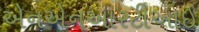
એનએનઆરટીઆઇ